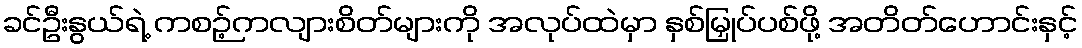
ခင်ဦးနွယ်ရဲ့ ကစဉ့်ကလျားစိတ်များကို အလုပ်ထဲမှာ နှစ်မြှုပ်ပစ်ဖို့ အတိတ်ဟောင်းနှင့်